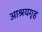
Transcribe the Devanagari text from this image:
आश्रयगृह